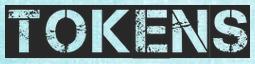
TOKENS